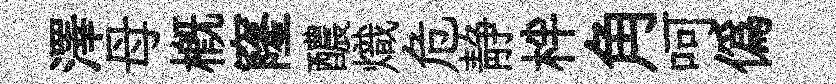
澤母槪窿醲熾危静柈角呵偽